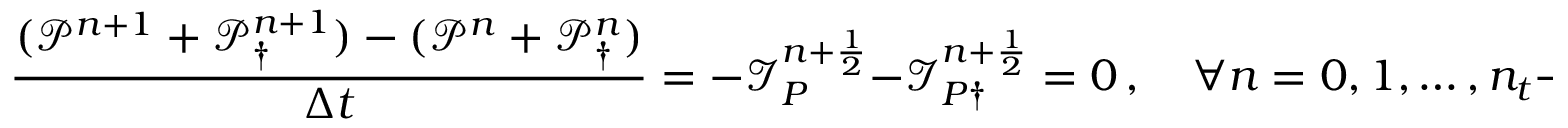
\frac { ( \mathcal P ^ { n + 1 } + \mathcal P _ { \dagger } ^ { n + 1 } ) - ( \mathcal P ^ { n } + \mathcal P _ { \dagger } ^ { n } ) } { \Delta t } = - \mathcal I _ { P } ^ { n + \frac 1 2 } - \mathcal I _ { P \dagger } ^ { n + \frac 1 2 } = 0 \, , \quad \forall n = 0 , 1 , \hdots , n _ { t } - 1 \, .